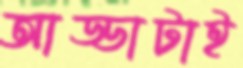
আড্ডাটাই